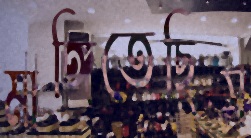
মাঙ্গিতেছিস